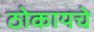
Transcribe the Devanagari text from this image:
ठोकायचे